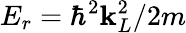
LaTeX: E_{r}=\hbar^{2}\mathbf{k}_{L}^{2}/2m